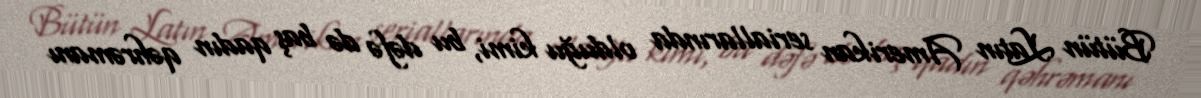
Bütün Latın Amerikan seriallarında olduğu kimi, bu dəfə də baş qadın qəhrəmanı